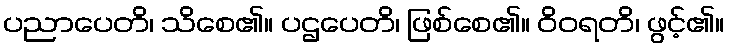
ပညာပေတိ၊ သိစေ၏။ ပဌပေတိ၊ ဖြစ်စေ၏။ ဝိဝရတိ၊ ဖွင့်၏။